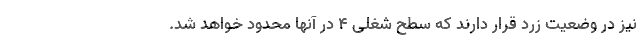
نیز در وضعیت زرد قرار دارند که سطح شغلی ۴ در آنها محدود خواهد شد.